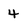
Character: 4